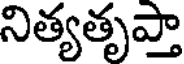
నిత్యతృప్తా